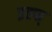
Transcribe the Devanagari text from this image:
इह्फ्